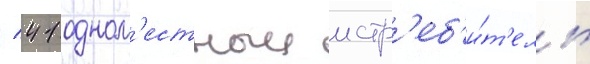
/ 41 одном'естныи истр'еб'и́т'ель